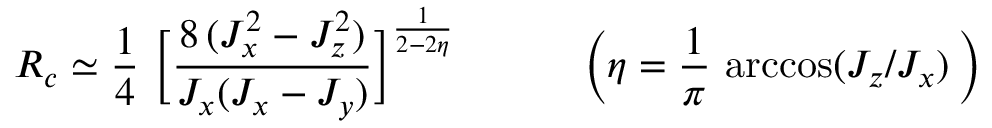
R _ { c } \simeq \frac { 1 } { 4 } \ \bigg [ \frac { 8 \, ( J _ { x } ^ { 2 } - J _ { z } ^ { 2 } ) } { J _ { x } ( J _ { x } - J _ { y } ) } \bigg ] ^ { \frac { 1 } { 2 - 2 \eta } } \, \quad \qquad \Big ( \eta = \frac { 1 } { \pi } \, \operatorname { a r c c o s } ( J _ { z } / J _ { x } ) \, \Big )